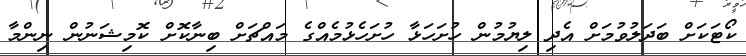
ކޯޓަކަށް ބަދަލުވުމަށް އެދި ލިޔުމުން ހުށަހަޅާ ހުށަހެޅުމެއްގެ މައްޗަށް ބިނާކޮށް ކޮމިޝަނުން ނިންމާ